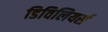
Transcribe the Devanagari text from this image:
डिविलियर्स